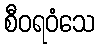
စီဝရဝံသေ